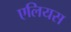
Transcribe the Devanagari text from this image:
एलियस